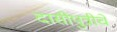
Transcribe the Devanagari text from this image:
दासीपुत्रीचे